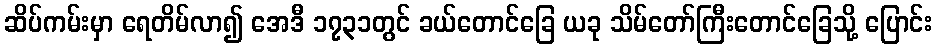
ဆိပ်ကမ်းမှာ ရေတိမ်လာ၍ အေဒီ ၁၇၃၁တွင် ခယ်တောင်ခြေ ယခု သိမ်တော်ကြီးတောင်ခြေသို့ ပြောင်း